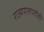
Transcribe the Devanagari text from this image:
राज्यपालपदीही